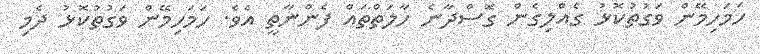
ހަމަހިމޭން ވަގުތުކޮޅު ގެއްލިގެން ގޮސްދާނެ ހާލަތްތައް ފެންނާތީ އެވެ. ހަމަހިމޭން ވަގުތުކޮޅު ދެމި